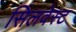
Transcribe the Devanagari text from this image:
सिलवेस्ट